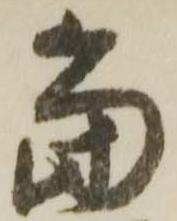
當